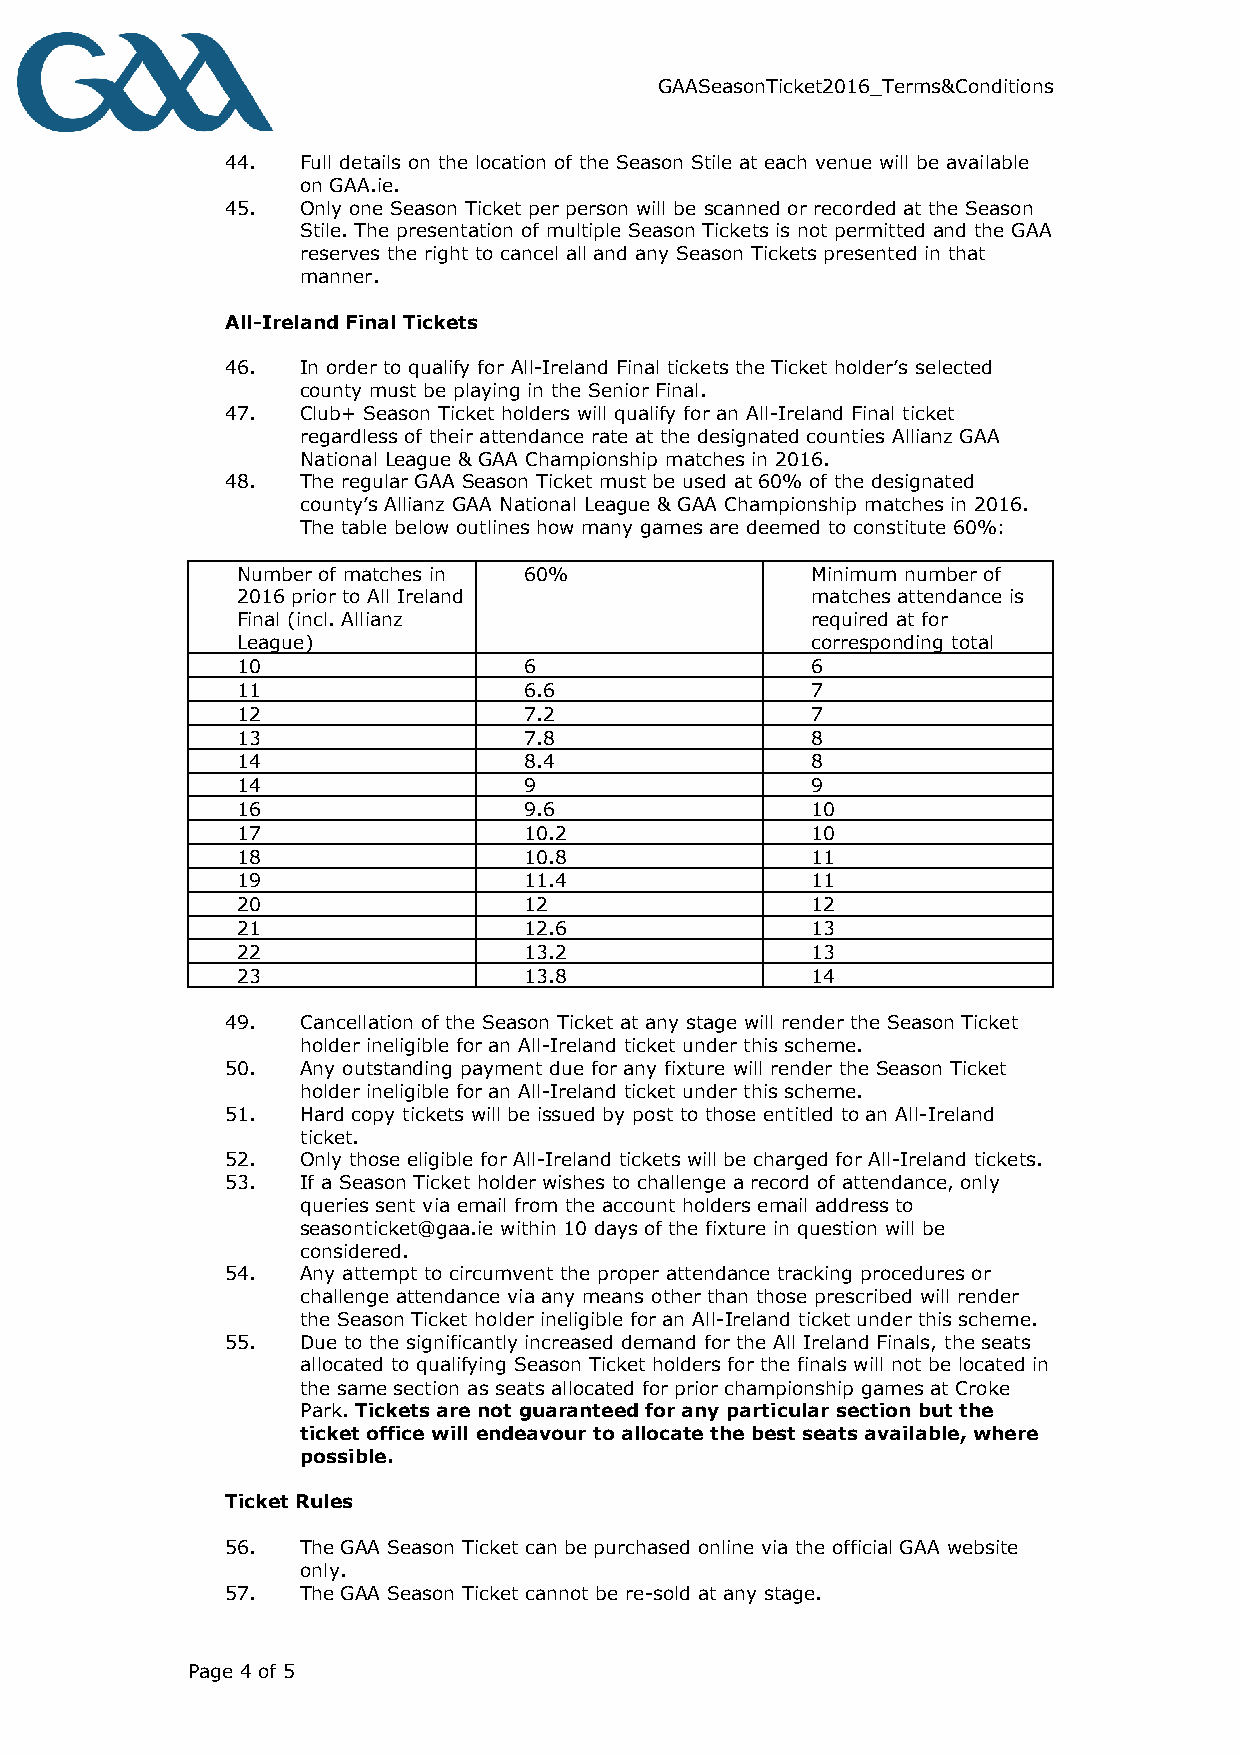
GAASeasonTicket2016_Terms&Conditions
 44.  Full details on the location of the Season Stile at each venue will be available
 on GAA.ie.
 45.  Only one Season Ticket per person will be scanned or recorded at the Season
 Stile. The presentation of multiple Season Tickets is not permitted and the GAA
 reserves the right to cancel all and any Season Tickets presented in that
 manner.
 All-Ireland Final Tickets
 46.  In order to qualify for All-Ireland Final tickets the Ticket holder’s selected
 county must be playing in the Senior Final.
 47.  Club+ Season Ticket holders will qualify for an All-Ireland Final ticket
 regardless of their attendance rate at the designated counties Allianz GAA
 National League & GAA Championship matches in 2016.
 48.  The regular GAA Season Ticket must be used at 60% of the designated
 county’s Allianz GAA National League & GAA Championship matches in 2016.
 The table below outlines how many games are deemed to constitute 60%:
 Number of matches in 60%              Minimum number of
 2016 prior to All Ireland             matches attendance is
 Final (incl. Allianz                  required at for
 League)                               corresponding total
 10                 6                  6
 11                 6.6                7
 12                 7.2                7
 13                 7.8                8
 14                 8.4                8
 14                 9                  9
 16                 9.6                10
 17                 10.2               10
 18                 10.8               11
 19                 11.4               11
 20                 12                 12
 21                 12.6               13
 22                 13.2               13
 23                 13.8               14
 49.  Cancellation of the Season Ticket at any stage will render the Season Ticket
 holder ineligible for an All-Ireland ticket under this scheme.
 50.  Any outstanding payment due for any fixture will render the Season Ticket
 holder ineligible for an All-Ireland ticket under this scheme.
 51.  Hard copy tickets will be issued by post to those entitled to an All-Ireland
 ticket.
 52.  Only those eligible for All-Ireland tickets will be charged for All-Ireland tickets.
 53.  If a Season Ticket holder wishes to challenge a record of attendance, only
 queries sent via email from the account holders email address to
 seasonticket@gaa.ie within 10 days of the fixture in question will be
 considered.
 54.  Any attempt to circumvent the proper attendance tracking procedures or
 challenge attendance via any means other than those prescribed will render
 the Season Ticket holder ineligible for an All-Ireland ticket under this scheme.
 55.  Due to the significantly increased demand for the All Ireland Finals, the seats
 allocated to qualifying Season Ticket holders for the finals will not be located in
 the same section as seats allocated for prior championship games at Croke
 Park. Tickets are not guaranteed for any particular section but the
 ticket office will endeavour to allocate the best seats available, where
 possible.
 Ticket Rules
 56.  The GAA Season Ticket can be purchased online via the official GAA website
 only.
 57.  The GAA Season Ticket cannot be re-sold at any stage.
 Page 4 of 5